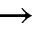
\rightarrow